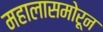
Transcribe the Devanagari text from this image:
महालासमोरून